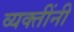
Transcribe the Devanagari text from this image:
व्‍यक्‍तींनी